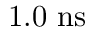
1 . 0 ~ \mathrm { n s }